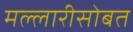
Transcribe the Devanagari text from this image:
मल्लारीसोबत